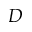
D